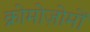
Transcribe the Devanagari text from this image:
क्रोमोज़ोमों